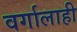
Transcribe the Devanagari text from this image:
वर्गालाही